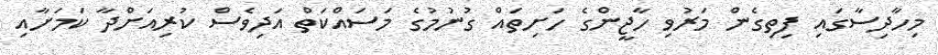
މިހާދިސާގައި ފިތިގެން މަރުވި ހާޖީންގެ ހަށިތައް ގުނުމުގެ މަސައްކަތް އަދިވެސް ކުރިއަށްދާ ކަމަށާއި